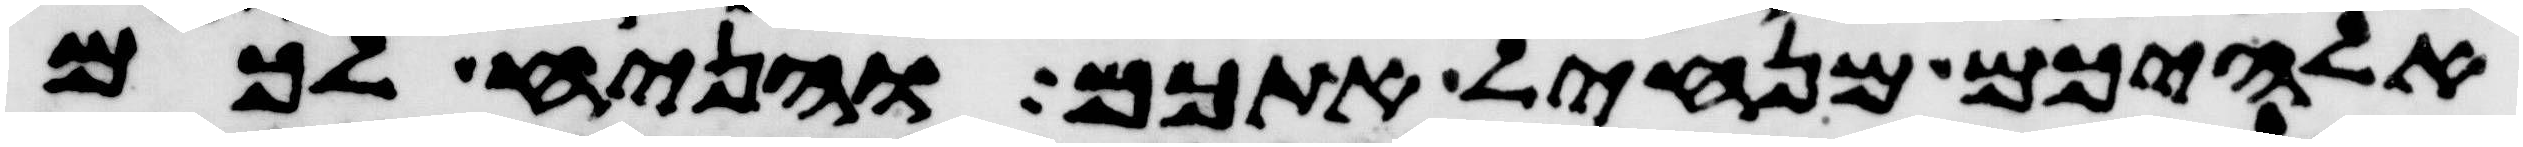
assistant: אלהיכם מנחיל אתכם והניח לכם